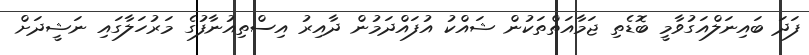
ފަދަ ބައިނަލްއަގުވާމީ ބޮޑެތި ޖަމާއަތްތަކުން ޝައްކު އުފައްދަމުން ދާއިރު އިސްތިއުނާފުގެ މަރުހަލާގައި ނަޝީދަށް